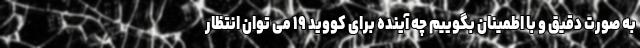
به صورت دقیق و با اطمینان بگوییم چه آینده برای کووید ۱۹ می توان انتظار